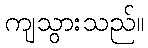
ကျသွားသည်။